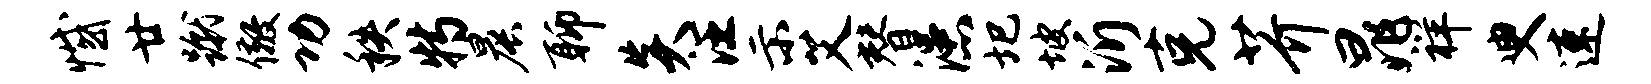
憾廿蹴儆功秩特晨聊炎汪示艾替漶圯坡沂克芥晁祥臾速